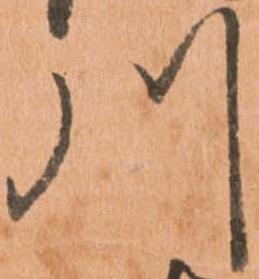
川